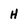
Character: H